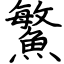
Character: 鰵